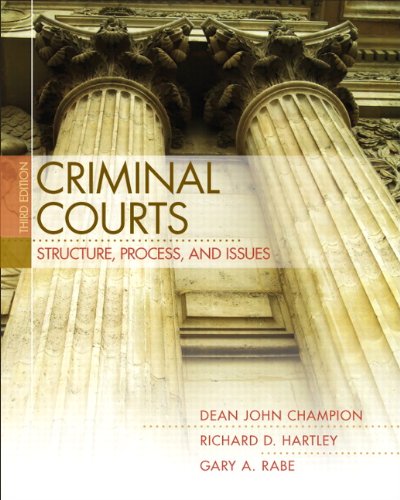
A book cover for Criminal Courts: Structure, Process, and Issues (3rd Edition); Dean J. Champion; Law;